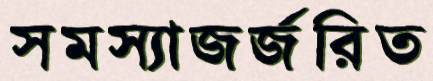
সমস্যাজর্জরিত